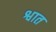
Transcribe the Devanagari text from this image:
श्वात